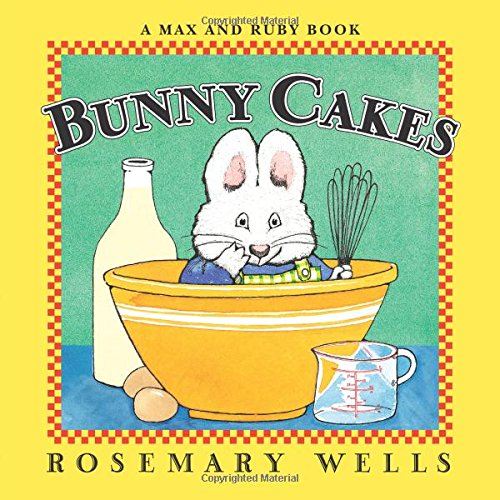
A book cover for BUNNY CAKES (Max and Ruby); Pearson Early Learning Group; Children's Books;